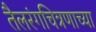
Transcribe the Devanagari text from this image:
तैलरंगचित्रणाच्या